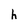
Character: h